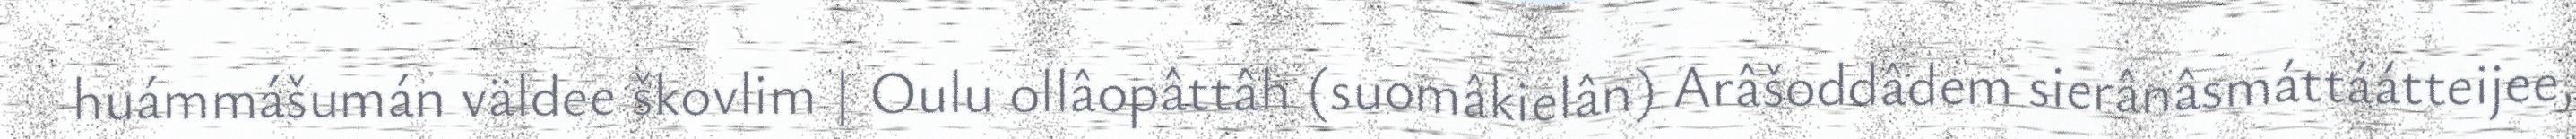
huámmášumán väldee škovlim | Oulu ollâopâttâh (suomâkielân) Arâšoddâdem sierânâsmáttáátteijee,